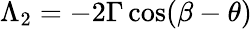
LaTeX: \Lambda_{2}=-2\Gamma\, \mathrm{cos}(\beta-\theta)